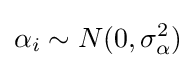
\alpha _{i}\sim N(0,\sigma _{\alpha }^{2})